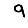
Digit: 9